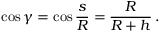
\cos \gamma = \cos { \frac { s } { R } } = { \frac { R } { R + h } } \, .